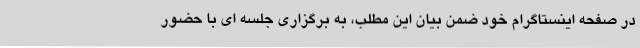
در صفحه اینستاگرام خود ضمن بیان این مطلب، به برگزاری جلسه ای با حضور